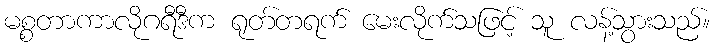
မစ္စတာကာလိုဂရီဒီက ရုတ်တရက် မေးလိုက်သဖြင့် သူ လန့်သွားသည်။